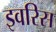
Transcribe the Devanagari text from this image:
इवरिस